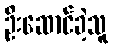
ဦးဆောင်ခဲ့သူ